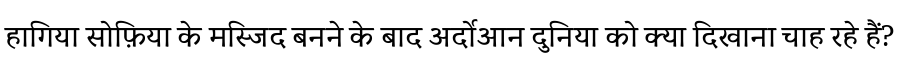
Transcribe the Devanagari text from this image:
हागिया सोफ़िया के मस्जिद बनने के बाद अर्दोआन दुनिया को क्या दिखाना चाह रहे हैं?